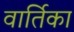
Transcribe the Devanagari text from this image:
वार्तिका